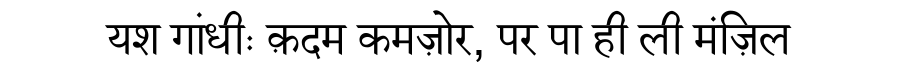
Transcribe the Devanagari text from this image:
यश गांधीः क़दम कमज़ोर, पर पा ही ली मंज़िल